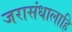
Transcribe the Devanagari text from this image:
जरासंधालाहि